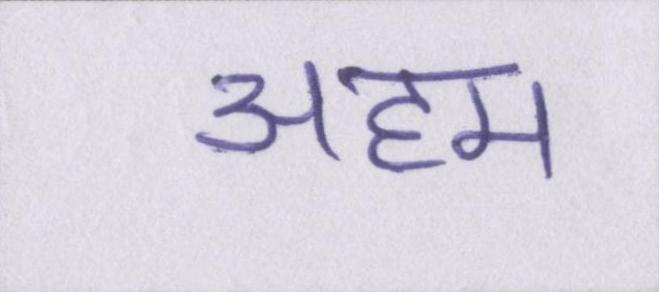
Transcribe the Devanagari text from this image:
अहम